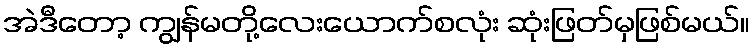
အဲဒီတော့ ကျွန်မတို့လေးယောက်စလုံး ဆုံးဖြတ်မှဖြစ်မယ်။